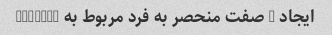
ایجاد 3 صفت منحصر به فرد مربوط به "Jvial"